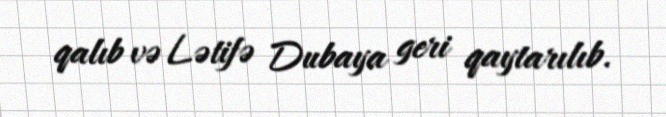
qalıb və Lətifə Dubaya geri qaytarılıb.